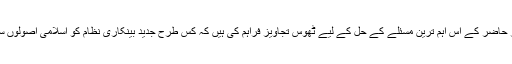
شیخ الاسلام ڈاکٹر محمد طاہر القادری نے اس کتاب میں عصر حاضر کے اِس اَہم ترین مسئلے کے حل کے لیے ٹھوس تجاویز فراہم کی ہیں کہ کس طرح جدید بینکاری نظام کو اِسلامی اُصولوں سے اُستوار کرکے سود کی لعنت سے چھٹکارا پایا جاسکتا ہے۔